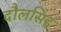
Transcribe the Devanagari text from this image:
दौलसिंह